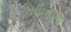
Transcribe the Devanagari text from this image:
मीमराठी